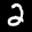
Label: 2